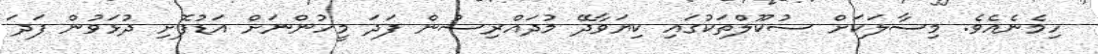
ހިމެނެއެވެ. މިސާލަކަށް ސުކޫލްތަކުގައި ކިޔަވާދޭ މުދައްރިސުން ފަދަ މީހުންނަށް އަޑުފޮށި ދުޅަވުން ފަދަ